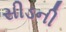
સીડની